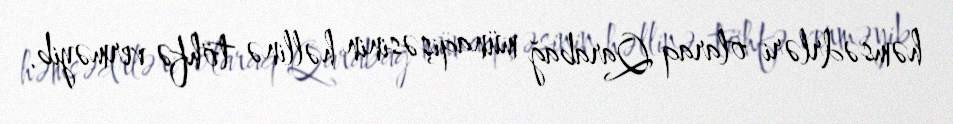
həmsədrləri olaraq Qarabağ münaqişəsinin həllinə töhfə verməyib.